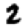
Digit: 2